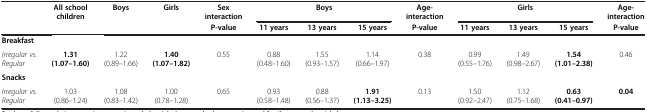
|  | All school children | Boys | Girls | Sex interaction | <COLSPAN=3> Boys | Age-interaction | <COLSPAN=3> Girls | Age-interaction |
 |  |  |  |  | P-value | 11 years | 13 years | 15 years | P-value | 11 years | 13 years | 15 years | P-value |
 | --- | --- | --- | --- | --- | --- | --- | --- | --- | --- | --- | --- | --- |
 | Breakfast |  |  |  |  |  |  |  |  |  |  |  |  |
 | Irregular vs. Regular | 1.31 (1.07–1.60) | 1.22 (0.89–1.66) | 1.40 (1.07–1.82) | 0.55 | 0.88 (0.48–1.60) | 1.55 (0.93–1.57) | 1.14 (0.66–1.97) | 0.38 | 0.99 (0.55–1.76) | 1.49 (0.98–2.67) | 1.54 (1.01–2.38) | 0.46 |
 | Snacks |  |  |  |  |  |  |  |  |  |  |  |  |
 | Irregular vs. Regular | 1.03 (0.86–1.24) | 1.08 (0.83–1.42) | 1.00 (0.78–1.28) | 0.65 | 0.93 (0.58–1.48) | 0.88(0.56–1.37) | 1.91 (1.13–3.25) | 0.13 | 1.50 (0.92–2.47) | 1.12 (0.75–1.68) | 0.63 (0.41–0.97) | 0.04 |